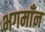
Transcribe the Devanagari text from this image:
भगमाँन